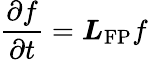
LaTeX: \frac{\partial f}{\partial t}=\boldsymbol{L}_{\mathrm{FP}}f